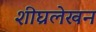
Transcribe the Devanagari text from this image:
शीघ्रलेखन